Vaccination returns of the Province of Eastern Bengal and Assam - 1905-1912
Year: 1905
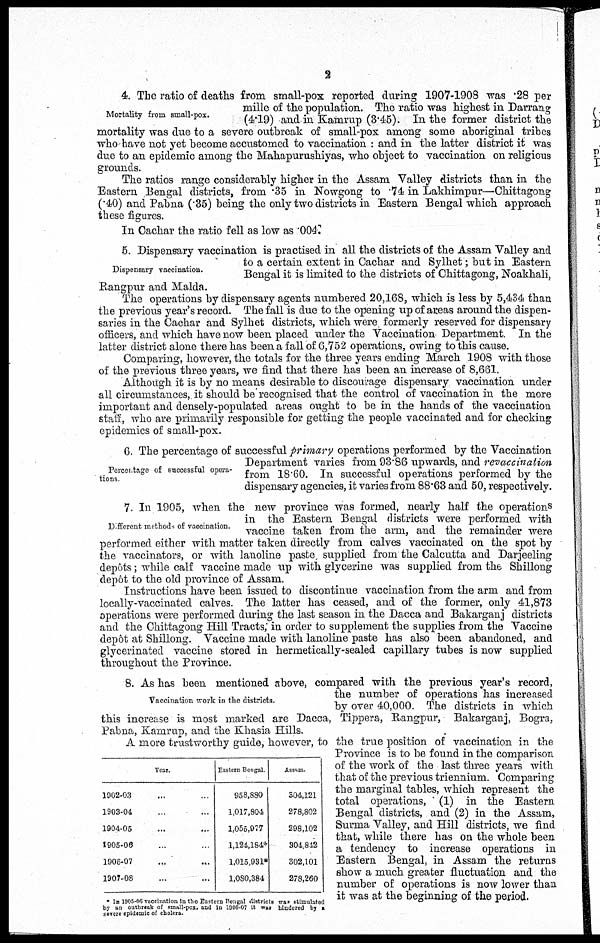
2
Mortality from small-pox.
4. The ratio of deaths from small-pox reported during 1907-1908 was .28 per
mille of the population. The ratio was highest in Darrang
(4.19) and in Kamrup (3.45). In the former district the
mortality was due to a severe outbreak of small-pox among some aboriginal tribes
who have not yet become accustomed to vaccination : and in the latter district it was
due to an epidemic among the Mahapurushiyas, who object to vaccination on religious
grounds.
The ratios range considerably higher in the Assam Valley districts than in the
Eastern Bengal districts, from .35 in Nowgong to .74 in Lakhimpur—Chittagong
(.40) and Pabna (.35) being the only two districts in Eastern Bengal which approach
these figures.
In Cachar the ratio fell as low as .004.
Dispensary vaccination.
5. Dispensary vaccination is practised in all the districts of the Assam Valley and
to a certain extent in Cachar and Sylhet; but in Eastern
Bengal it is limited to the districts of Chittagong, Noakhali,
Rangpur and Malda.
The operations by dispensary agents numbered 20,168, which is less by 5,434 than
the previous year's record. The fall is due to the opening up of areas around the dispen-
saries in the Cachar and Sylhet districts, which were formerly reserved for dispensary
officers, and which have now been placed under the Vaccination Department. In the
latter district alone there has been a fall of 6,752 operations, owing to this cause.
Comparing, however, the totals for the three years ending March 1908 with those
of the previous three years, we find that there has been an increase of 8,661.
Although it is by no means desirable to discourage dispensary vaccination under
all circumstances, it should be recognised that the control of vaccination in the more
important and densely-populated areas ought to be in the hands of the vaccination
staff, who are primarily responsible for getting the people vaccinated and for checking
epidemics of small-pox.
Percentage of successful opera-
tions.
6. The percentage of successful primary operations performed by the Vaccination
Department varies from 93.86 upwards, and revaccination
from 18.60. In successful operations performed by the
dispensary agencies, it varies from 88.63 and 50, respectively.
Different method. of vaccination.
7. In 1905, when the new province was formed, nearly half the operations
in the Eastern Bengal districts were performed with
vaccine taken from the arm, and the remainder were
performed either with matter taken directly from calves vaccinated on the spot by
the vaccinators, or with lanoline paste supplied from the Calcutta and Darjeeling
depôts; while calf vaccine made up with glycerine was supplied from the Shillong
depôt to the old province of Assam.
Instructions have been issued to discontinue vaccination from the arm and from
locally-vaccinated calves. The latter has ceased, and of the former, only 41,873
operations were performed during the last season in the Dacca and Bakarganj districts
and the Chittagong Hill Tracts, in order to supplement the supplies from the Vaccine
depôt at Shillong. Vaccine made with lanoline paste has also been abandoned, and
glycerinated vaccine stored in hermetically-sealed capillary tubes is now supplied
throughout the Province.
Vaccination work in the districts.
8. As has been mentioned above, compared with the previous year's record,
the number of operations has increased
by over 40,000. The districts in which
this increase is most marked are Dacca, Tippera, Rangpur, Bakarganj, Bogra,
Pabna, Kamrup, and the Khasia Hills.
A more trustworthy guide, however, to the true position of vaccination in the
Province is to be found in the comparison
of the work of the last three years with
that of the previous triennium. Comparing
the marginal tables, which represent the
total operations, (1) in the Eastern
Bengal districts, and (2) in the Assam,
Surma Valley, and Hill districts, we find
that, while there has on the whole been
a tendency to increase operations in
Eastern Bengal, in Assam the returns
show a much greater fluctuation and the
number of operations is now lower than
it was at the beginning of the period.
Year.
1002-03 ... ...
1903-04 ... ...
1904-05 ... ...
1905-06 ... ...
1906-07 ... ...
1907-08 ... ...
Eastern Bengal.
958,880
1,017,804
1,055,977
1,124,184*
1,015,931*
1,080,384
Assam.
304,121
278,802
298,102
304,842
302,101
278,260
* In 1905-06 vaccination In the Eastern Bengal districts was stimulated
by an outbreak of small-pox. and In 1000-07 it was hindered by a
severe epidemic of cholera.
A more trustworthy guide, however, to the true position of vaccination in the
Province is to be found in the comparison
of the work of the last three years with
that of the previous triennium. Comparing
the marginal tables, which represent the
total operations, (1) in the Eastern
Bengal districts, and (2) in the Assam,
Surma Valley, and Hill districts, we find
that, while there has on the whole been
a tendency to increase operations in
Eastern Bengal, in Assam the returns
show a much greater fluctuation and the
number of operations is now lower than
it was at the beginning of the period.